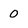
Character: 0